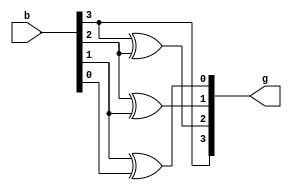
module bin_to_gray(b,g);
input [3:0]b;
output [3:0]g;
buf(g[3],b[3]);
xor(g[2],b[3],b[2]);
xor(g[1],b[2],b[1]);
xor(g[0],b[1],b[0]);
endmodule

module TB_BG();
reg [3:0]b;
wire [3:0]g;
bin_to_gray BG1(b,g);
initial begin
#0 b=4'd0;
#100 b=4'd1;
#100 b=4'd2;
#100 b=4'd3;
#100 b=4'd4;
#100 b=4'd5;
#100 b=4'd6;
#100 b=4'd7;
#100 b=4'd8;
#100 b=4'd9;
#100 b=4'd10;
#100 b=4'd11;
#100 b=4'd12;
#100 b=4'd13;
#100 b=4'd14;
#100 b=4'd15;
end
endmodule